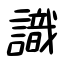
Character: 識